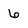
Character: 6